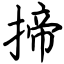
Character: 揥